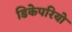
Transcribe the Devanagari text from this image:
डिकेपरियो